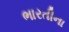
ભારતીના